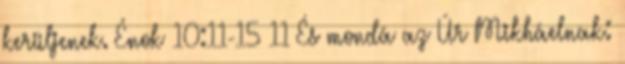
kerüljenek. Énok 10:11-15 11 És mondá az Úr Mikháelnak: